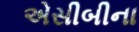
એસીબીના